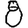
Digit: 8